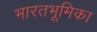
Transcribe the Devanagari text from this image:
भारतभूमिका